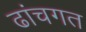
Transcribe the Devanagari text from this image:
ढांचगत